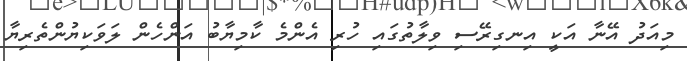
މިއަދު އޭނާ އަކީ އިނގިރޭސި ވިލާތުގައި ހުރި އެންމެ ކާމިޔާބު އަންހެން ލަވަކިޔުންތެރިޔާ